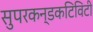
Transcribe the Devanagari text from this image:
सुपरकन्डकटिविटी